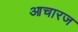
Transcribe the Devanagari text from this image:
आचारज